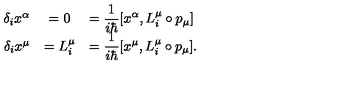
\begin{array} { r c l } { \delta _ { i } x ^ { \alpha } } & { = 0 } & { = \displaystyle \frac { 1 } { i \hbar } [ x ^ { \alpha } , L _ { i } ^ { \mu } \circ p _ { \mu } ] } \\ { \delta _ { i } x ^ { \mu } } & { = L _ { i } ^ { \mu } } & { = \displaystyle \frac { 1 } { i \hbar } [ x ^ { \mu } , L _ { i } ^ { \mu } \circ p _ { \mu } ] . } \\ \end{array}